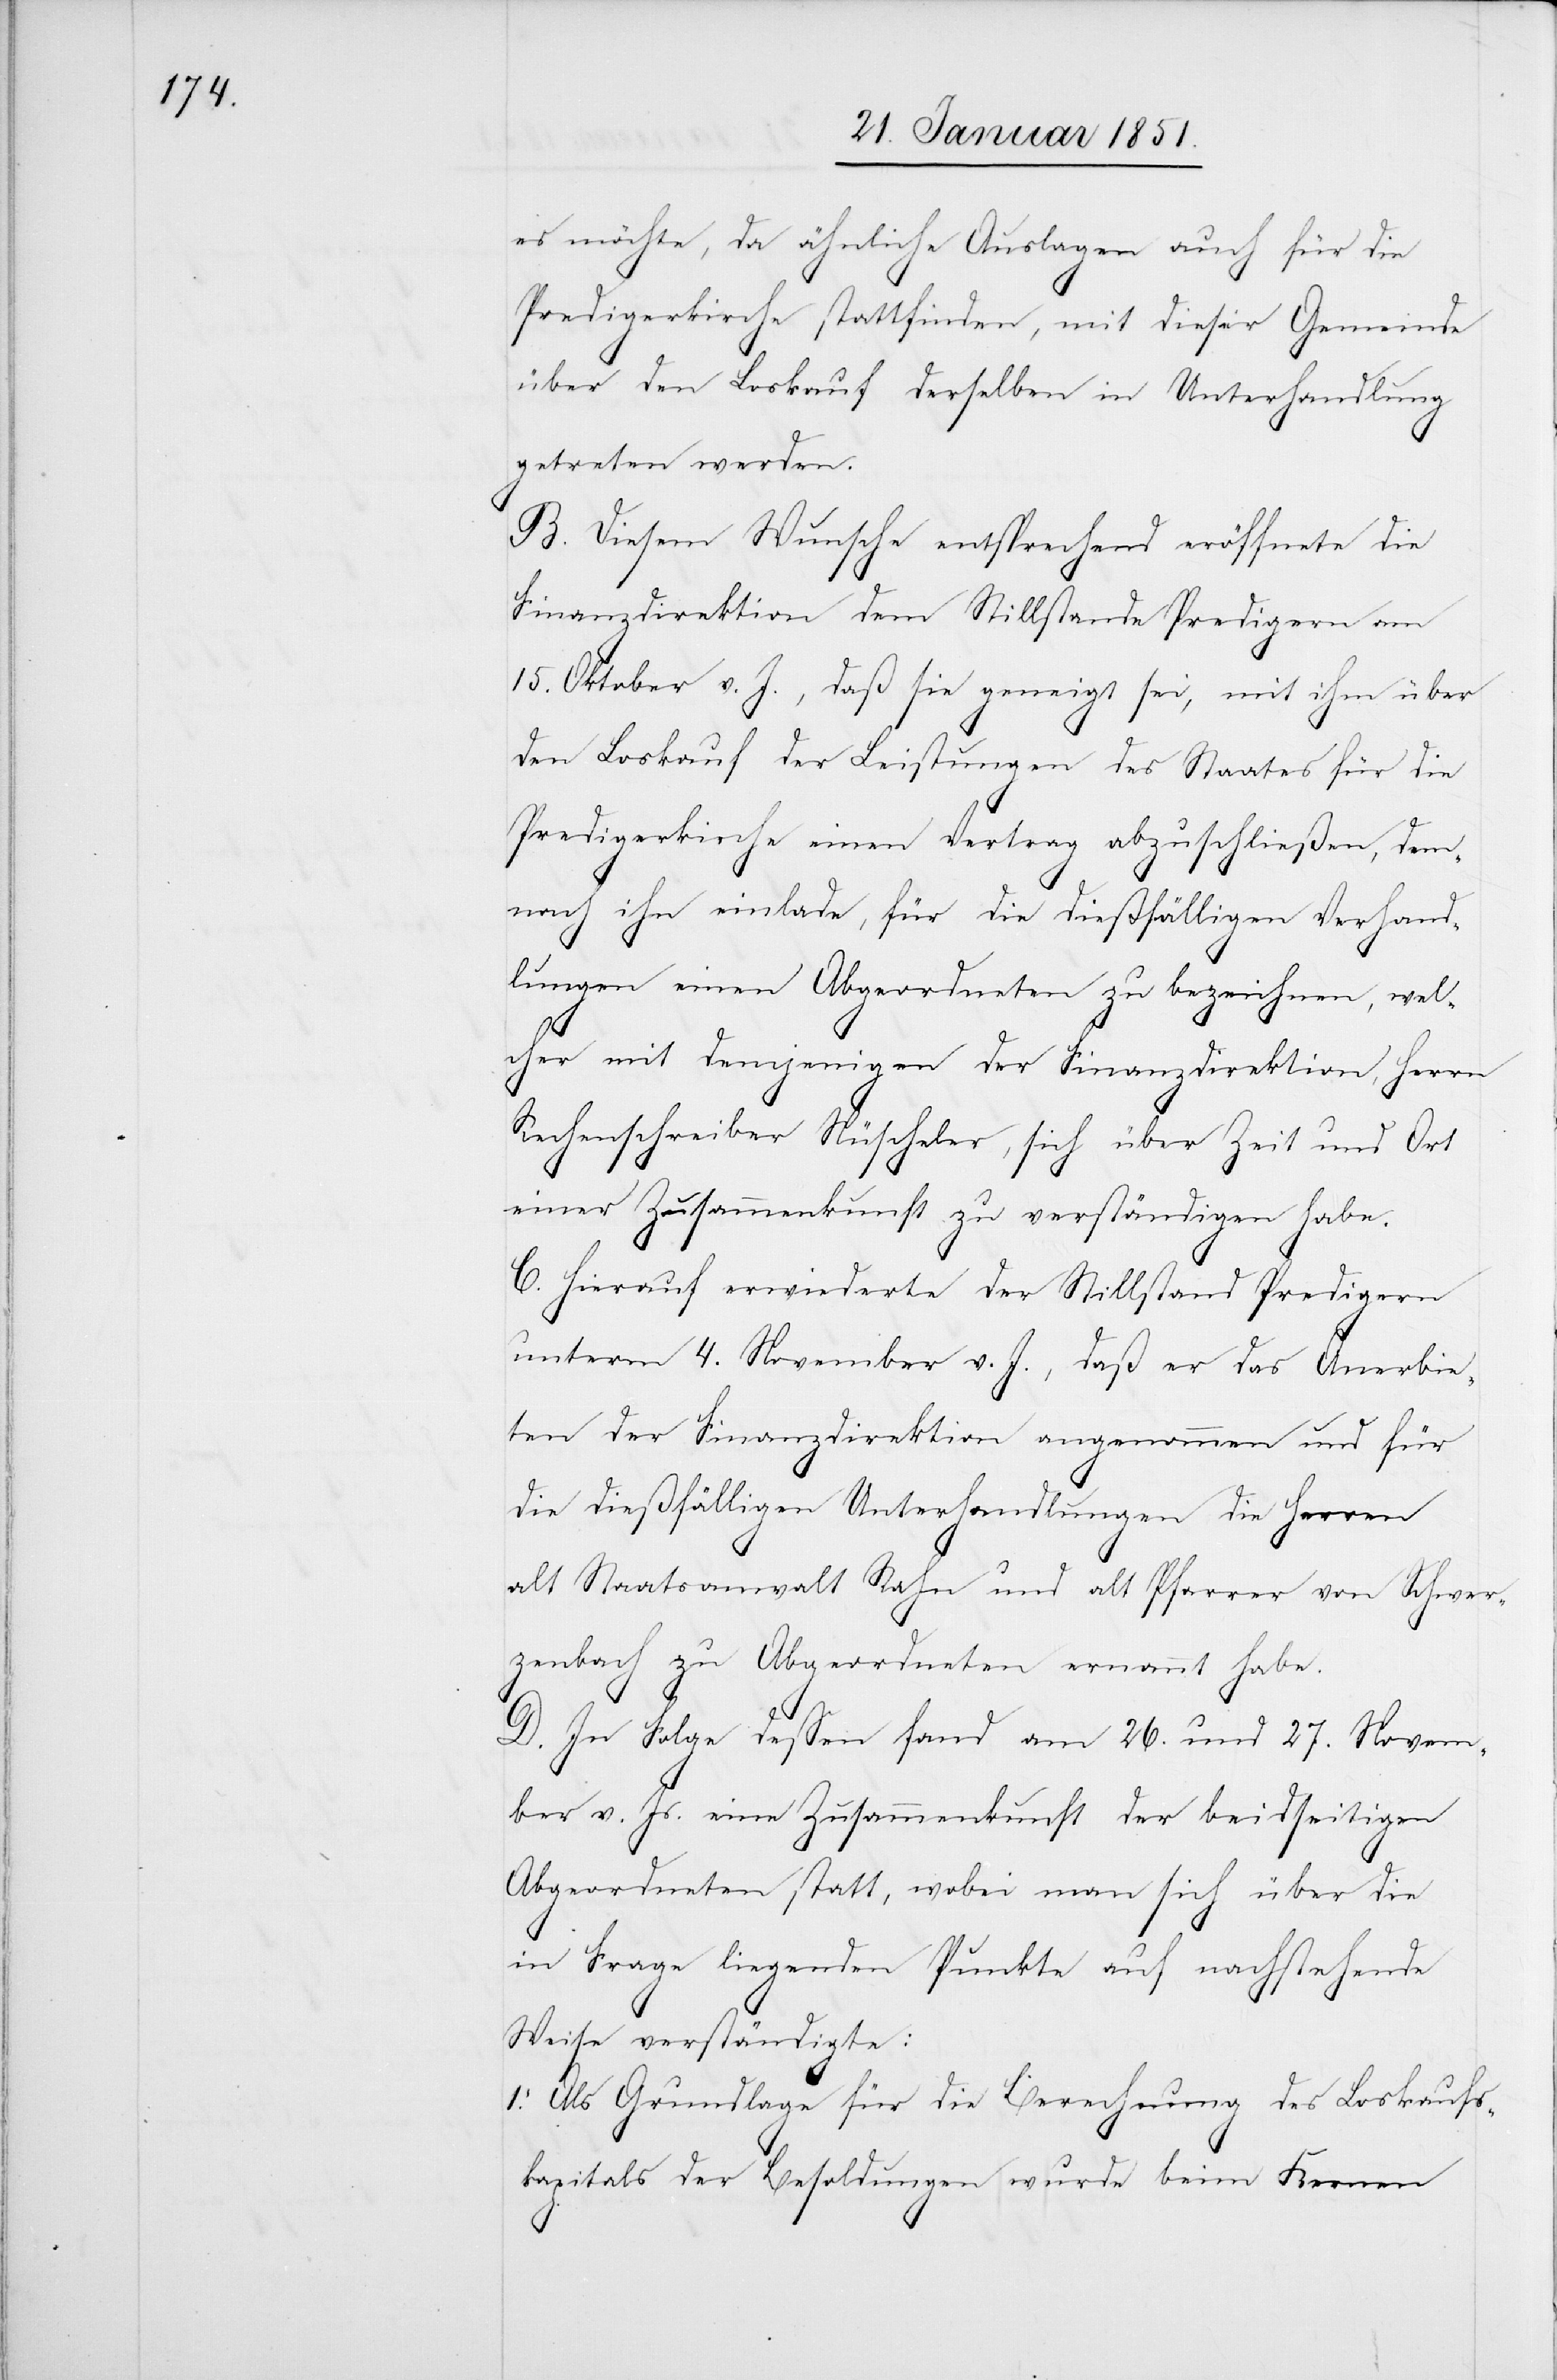
es möchte, da ähnliche Auslagen auch für die
Predigerkirche stattfinden, mit dieser Gemeinde
über den Loskauf derselben in Unterhandlung
getreten werden.
B. Diesem Wunsche entsprechend eröffnete die
Finanzdirektion dem Stillstande Predigern am
15. Oktober v. J., daß sie geneigt sei, mit ihm über
den Loskauf der Leistungen des Staates für die
Predigerkirche einen Vertrag abzuschließen, dem¬
nach ihn einlade, für die dießfälligen Verhand¬
lungen einen Abgeordneten zu bezeichnen, wel¬
1.
cher mit demjenigen der Finanzdirektion, Herrn
Rechenschreiber Nüscheler, sich über Zeit und Ort
einer Zusammenkunft zu verständigen habe.
C. Hierauf erwiederte der Stillstand Predigern
unterm 4. November v. J., daß er das Anerbie¬
ten der Finanzdirektion angenommen und für
die dießfälligen Unterhandlungen die Herren
alt Staatsanwalt Rahn und alt Pfarrer von Schwer¬
zenbach zu Abgeordneten ernannt habe.
D. In Folge dessen fand am 26. und 27. Novem¬
ber v. Js. eine Zusammenkunft der beidseitigen
Abgeordneten statt, wobei man sich über die
in Frage liegenden Punkte auf nachstehende
Weise verständigte:
Als Grundlage für die Berechnung des Loskaufs¬
kapitals der Besoldungen wurde beim Kernen